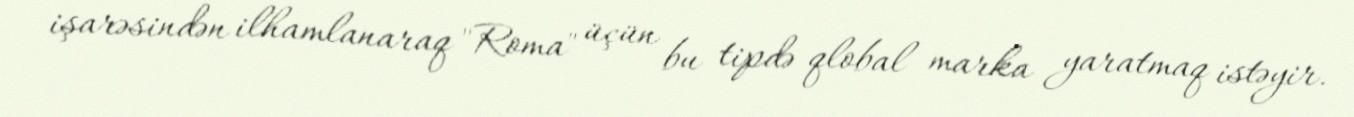
işarəsindən ilhamlanaraq "Roma" üçün bu tipdə qlobal marka yaratmaq istəyir.